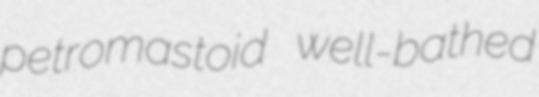
petromastoid well-bathed